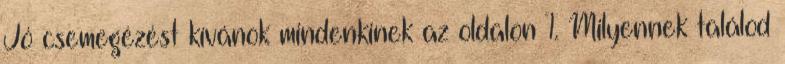
Jó csemegézést kívánok mindenkinek az oldalon 1. Milyennek találod